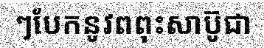
ៗបែកនូវពពុះសាប៊ូជា